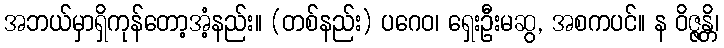
အဘယ်မှာရှိကုန်တော့အံ့နည်း။ (တစ်နည်း) ပဂေဝ၊ ရှေးဦးမဆွ, အစကပင်။ န ဝိဇ္ဇန္တိ၊